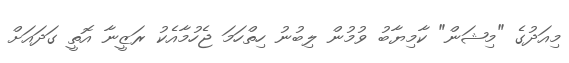
މިއަދުގެ "މިޝަން" ކާމިޔާބު ވުމުން ލިބުނު ހިތްހަމަ ޖެހުމާއެކު ރަޒީނާ އޮތީ ގަދައަށް